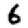
Digit: 6